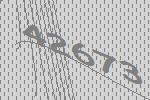
42673